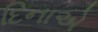
દિનાએ